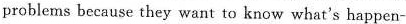
problems because they want to know what's happen-